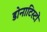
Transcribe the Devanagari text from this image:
डोनाटिस्टों